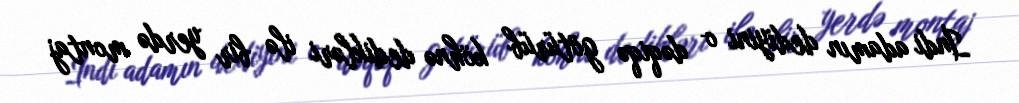
İndi adamın dediyini o dəqiqə götürüb köhnə dedikləri ilə bir yerdə montaj